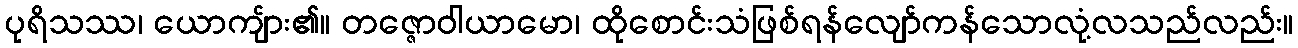
ပုရိသဿ၊ ယောကျ်ား၏။ တဇ္ဇောဝါယာမော၊ ထိုစောင်းသံဖြစ်ရန်လျော်ကန်သောလုံ့လသည်လည်း။